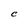
Character: C